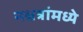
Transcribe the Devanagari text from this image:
नक्षत्रांमध्ये